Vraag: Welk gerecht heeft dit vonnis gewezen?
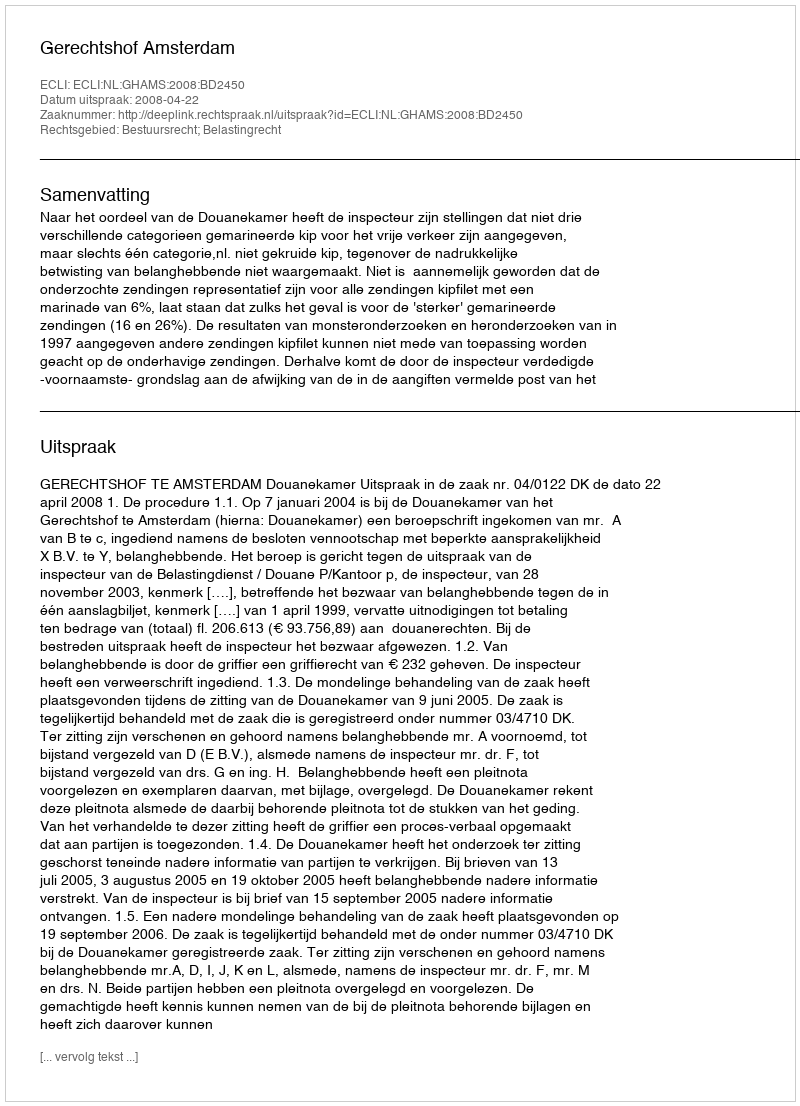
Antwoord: Gerechtshof Amsterdam